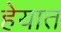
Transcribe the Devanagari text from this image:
हेयात